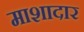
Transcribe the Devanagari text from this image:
माशादार